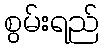
စွမ်းရည်